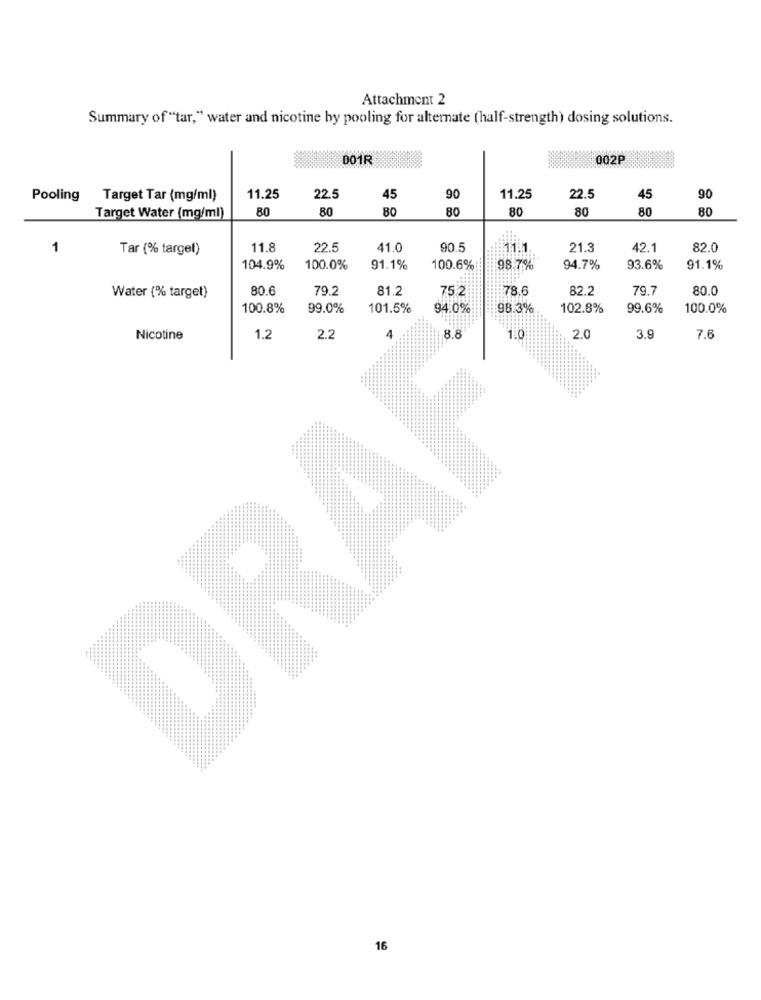
Attachment 2
Summary of "tar," water and nicotine by pooling for alternate (half-strength) dosing solutions.
DO1R
002P
Pooling Target Tar (mg/ml)
11.25
22.5
45
90
11.25
22.5
45
90
80
80
80
80
80
80
80
80
Target Water (mg/ml)
1
Tar (% target)
11.8
22.5
41.0
90.5
11.1.
21.3
42.1
82.0
104.9%
100.0%
91.1%
100.6%
98.7%
94.7%
93.6%
91.1%
80.6
79.2
81.2
75.2
78.6
82.2
79.7
80.0
Water (% target)
100.8%
99.0%
101.5%
94.0%
98.3%
102.8%
99.6%
100.0%
4
Nicotine
1.2
2.2
8.8
1:0
2.0
3.9
7.6
16